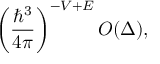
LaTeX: \left( { \frac { \hbar ^ { 3 } } { 4 \pi } } \right) ^ { - V + E } O ( \Delta ) ,